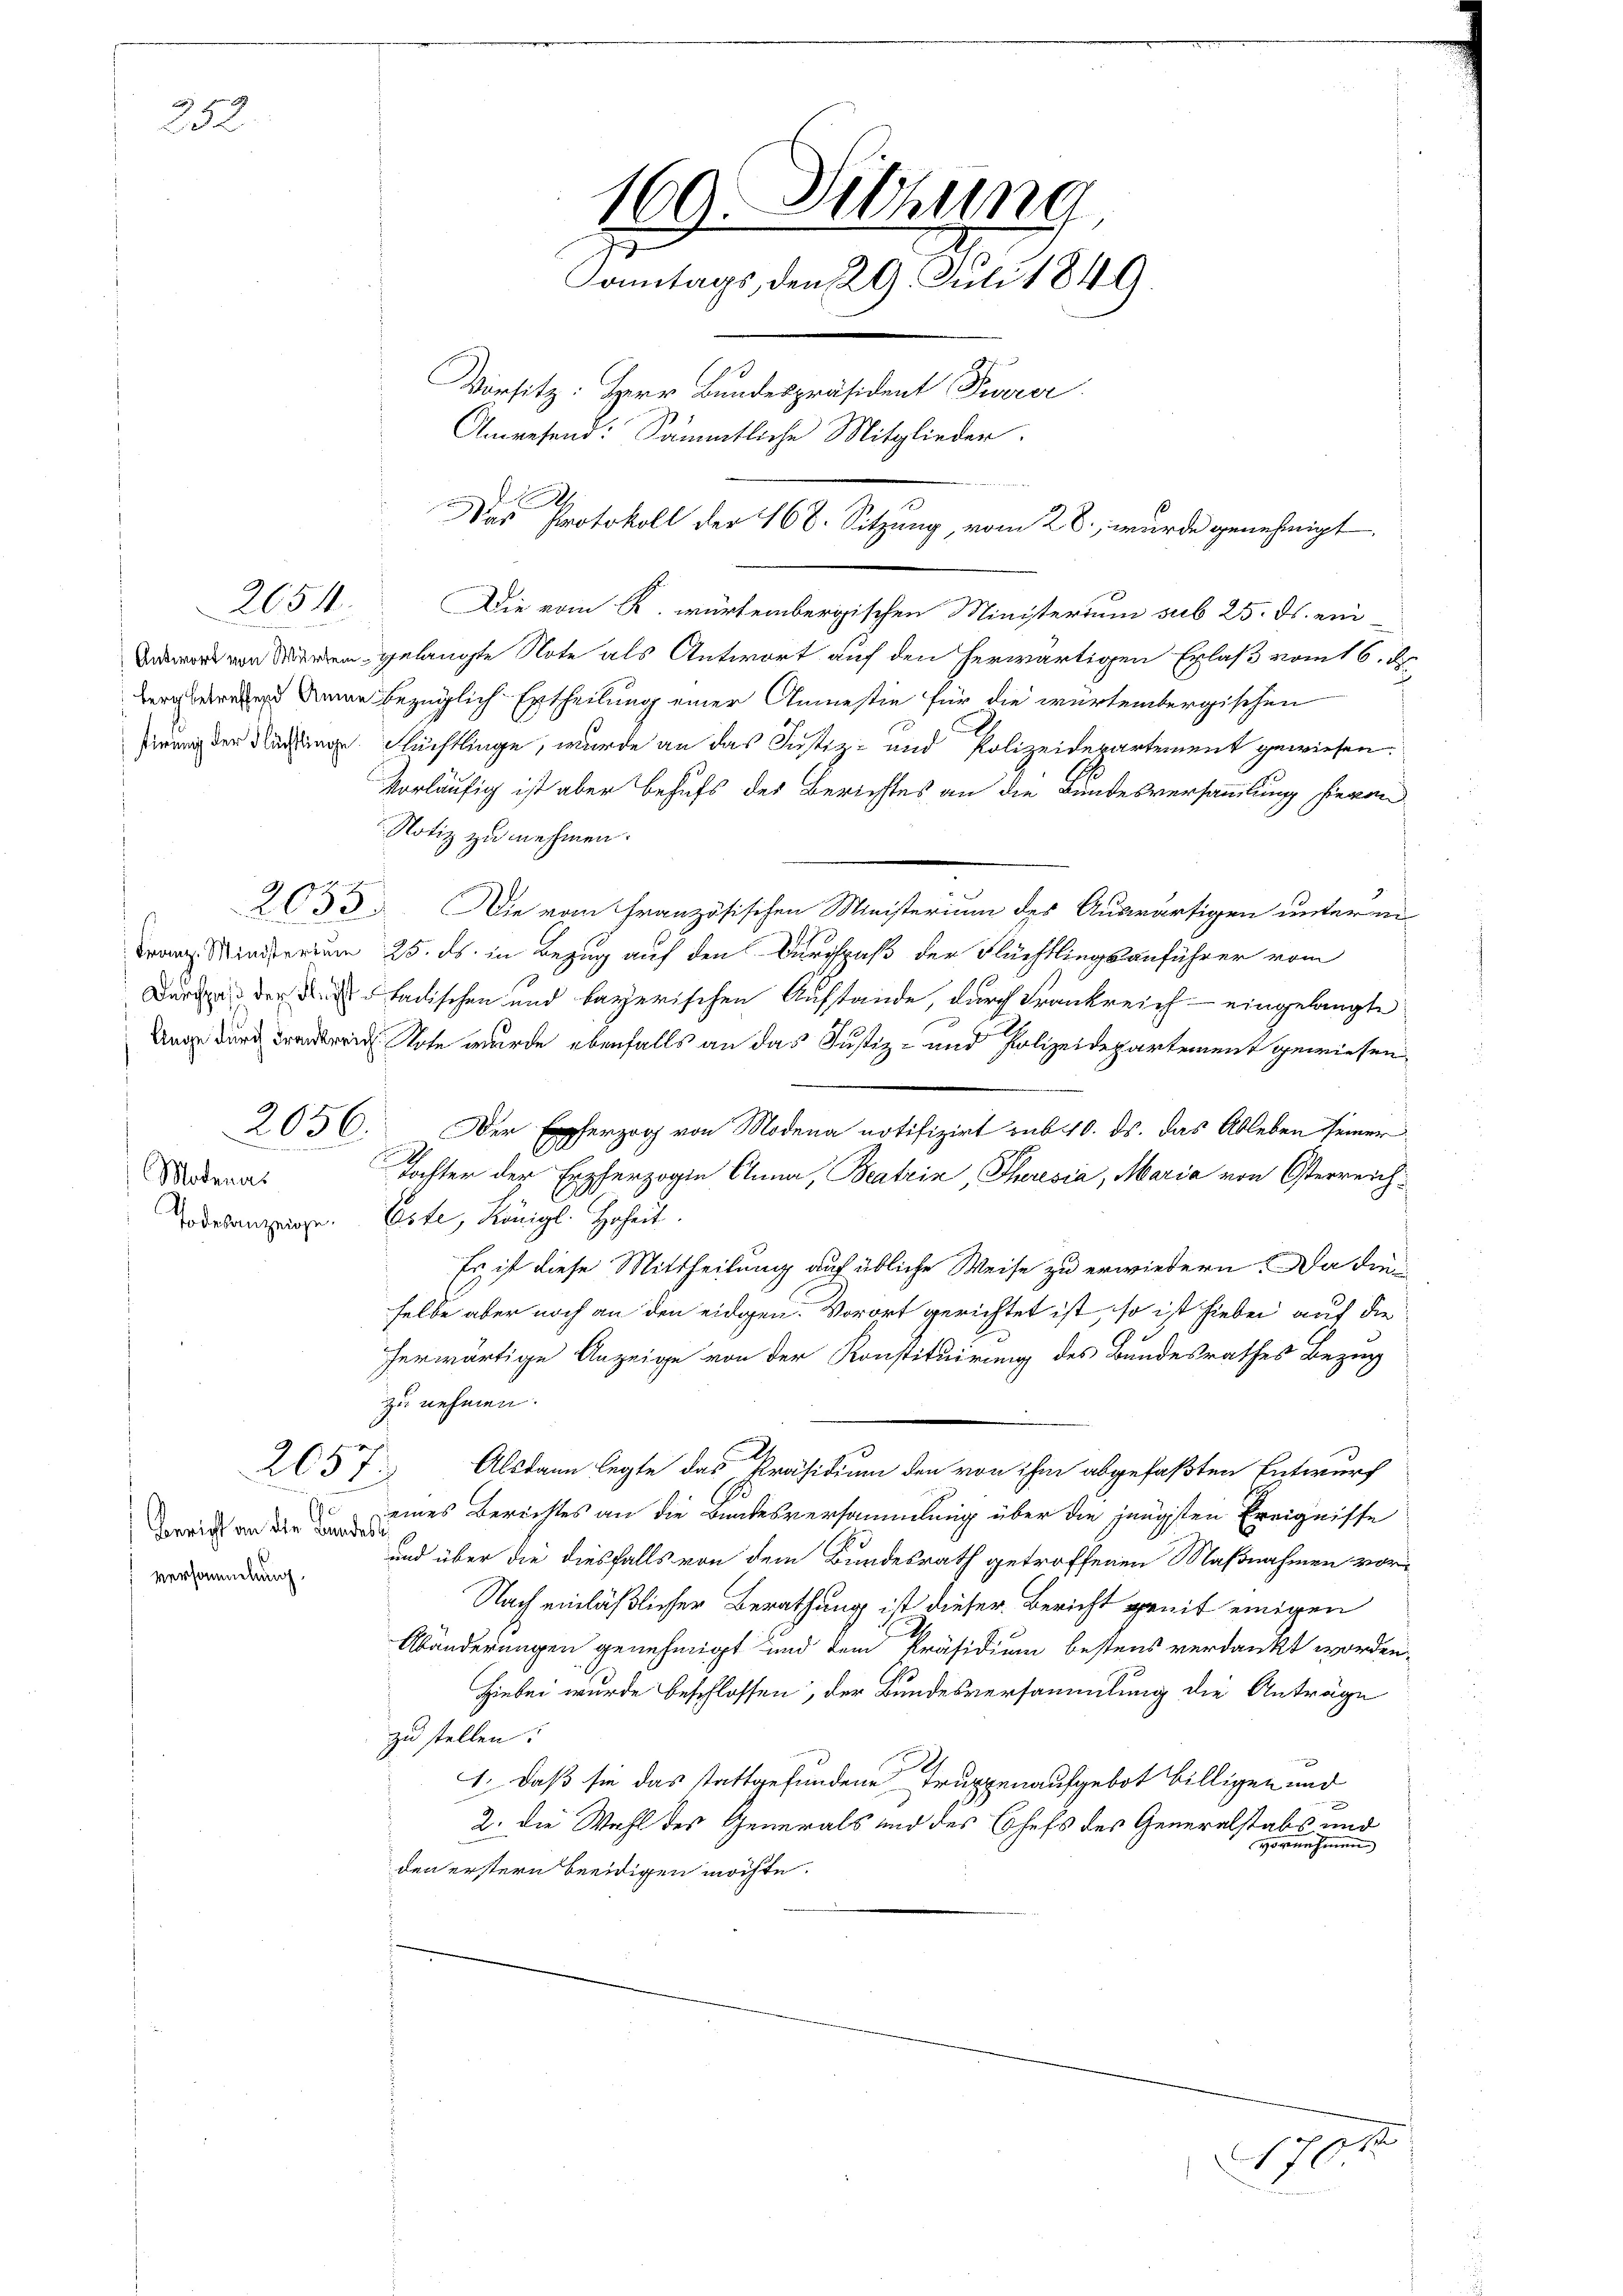
232.

2654.

2056.

Modenas
Todesanzeige.

Bericht an die Bundes
versammlung.

2057

169. Diehung
Sonntags, den 29. Juli 1849.
Vorsitz: Herr Bundespräsident Parer
Anwesend: Sämmtliche Mitglieder.
h
Das Protokoll der 168. Sitzung, vom 28. wurde genehmigt

Die vom K. würtembergischen Ministertum sub 25. ds. ein-
ward von Morden gelangte Note als Antwort auf den herwärtigen Erlaß vom 16. d.
 Deine bezüglich Ertheilung einer Anmestie für die würtembergischen
rg der Nachinge Flüchtlinge, wurde an das Justiz- und Polizeidepartement gewiesen:
vorläufig ist aber behufs des Berichtes an die Bundesversammlung hievon
Notiz zu nehmen.
2053. Die vom Französischen Ministerium des Auswärtigen unterm
Franz Minderium 25. ds. in Bezug auf den Durchpaß der Flüchtlingsanführer vom
Däre der Stadischen und bayerischen Aufstände, durch Frankreich - eingelangte
n Note wurde ebenfalls an das Justiz- und Polizeidepartement gewiesen,
Der Epherzog von Modena notifizirt sub 10. ds. das Ableben seiner
Tochter der Erzherzogin Anna, Beatria, Thoresia, Maria von Österreich¬
Este, Königl. Hoheit.
Es ist diese Mittheilung auf übliche Weise zu erwiedern. Da die
selbe aber noch an den eidgen. Vorort gerichtet ist, so ist hiebei auf die
herwärtige Anzeige von der Konstituirung des Bundesrathes Bezug
zu nehmen.
d
Alsdann legte das Präsidium den von ihm abgefaßten Entwurf
eines Berichtes an die Bundesversammlung über die jüngsten Ereignisse
s
und über die diesfalls von dem Bundesrath getroffenen Maßnahmen vor¬
Nach einläßlicher Berathung ist dieser Bericht gemit einigen
Abänderungen genehmigt und dem Präsidium bestens verdankt worden.
Hiebei wurde beschlossen, der Bundesversammlung die Anträge
zu stellen:
.
1. daß sie das stattgefundene Truppenaufgebot billigen und
2. die Wahl des Generals und des Chefs des Generalstabs und
vornehmen
den erstern beeidigen möchte.

170.

12